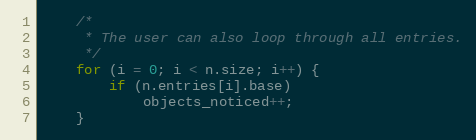
Language: C
	/*
	 * The user can also loop through all entries.
	 */
	for (i = 0; i < n.size; i++) {
		if (n.entries[i].base)
			objects_noticed++;
	}